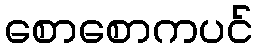
စောစောကပင်